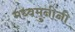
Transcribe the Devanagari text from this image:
मध्वमुनींनी